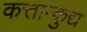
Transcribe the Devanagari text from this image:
कत्तान्कुद्य